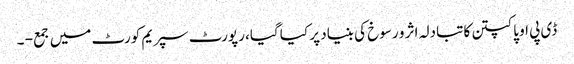
ڈی پی او پاکپتن کا تبادلہ اثر و رسوخ کی بنیاد پر کیا گیا، رپورٹ سپریم کورٹ میں جمع - ۔